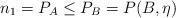
LaTeX: \begin{align*}n_{1}=P_{A}\leq P_{B}=P(B,\eta) \end{align*}